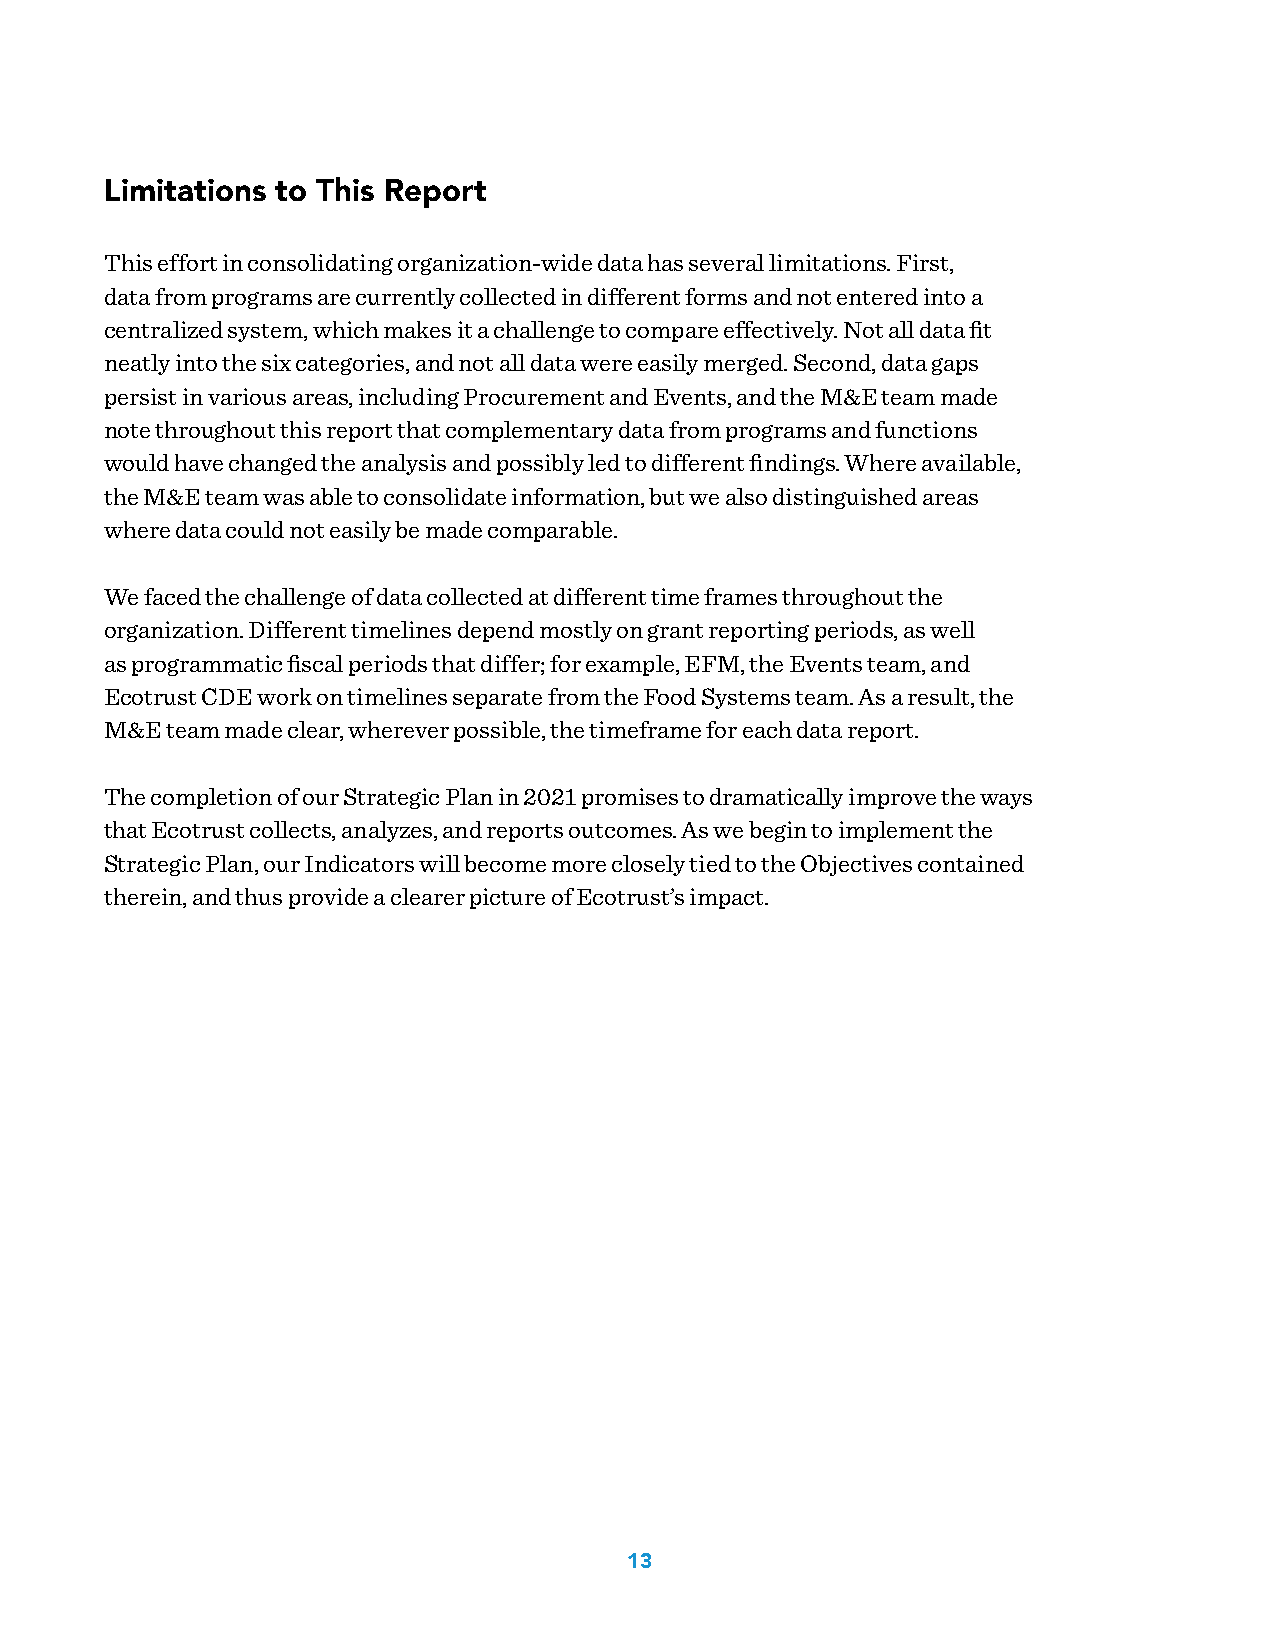
Limitations to This Report
 This effort in consolidating organization-wide data has several limitations. First,
 data from programs are currently collected in different forms and not entered into a
 centralized system, which makes it a challenge to compare effectively. Not all data fit
 neatly into the six categories, and not all data were easily merged. Second, data gaps
 persist in various areas, including Procurement and Events, and the M&E team made
 note throughout this report that complementary data from programs and functions
 would have changed the analysis and possibly led to different findings. Where available,
 the M&E team was able to consolidate information, but we also distinguished areas
 where data could not easily be made comparable.
 We faced the challenge of data collected at different time frames throughout the
 organization. Different timelines depend mostly on grant reporting periods, as well
 as programmatic fiscal periods that differ; for example, EFM, the Events team, and
 Ecotrust CDE work on timelines separate from the Food Systems team. As a result, the
 M&E team made clear, wherever possible, the timeframe for each data report.
 The completion of our Strategic Plan in 2021 promises to dramatically improve the ways
 that Ecotrust collects, analyzes, and reports outcomes. As we begin to implement the
 Strategic Plan, our Indicators will become more closely tied to the Objectives contained
 therein, and thus provide a clearer picture of Ecotrust’s impact.
 13